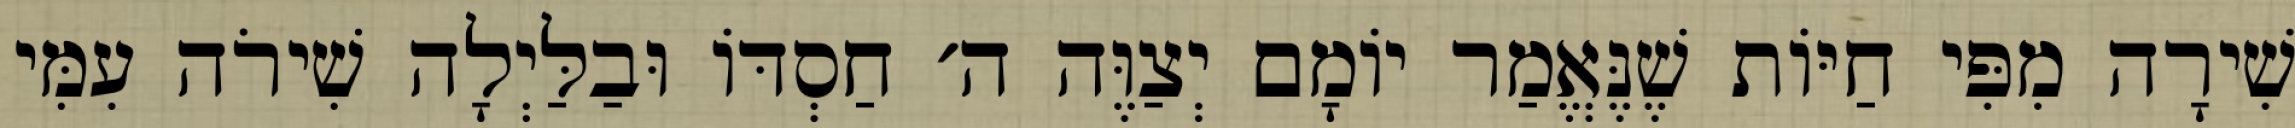
שִׁירָה מִפִּי חַיּוֹת שֶׁנֶּאֱמַר יוֹמָם יְצַוֶּה ה׳ חַסְדּוֹ וּבַלַּיְלָה שִׁירֹה עִמִּי